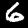
Label: 6